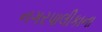
નગરપાલીકાના